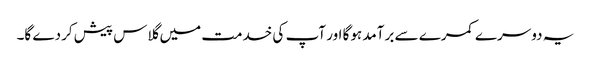
یہ دوسرے کمرے سے برآمد ہوگا اور آپ کی خدمت میں گلاس پیش کردے گا۔